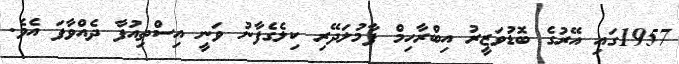
1957ގައި އޭރުގެ ބޮޑުވަޒީރު އިބްރާހިމް ފާމުލަދޭރި ކިލެގެފާނު ވަނީ އިސްތިއުފާ ދެއްވާފަ އެވެ.